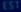
Transcribe